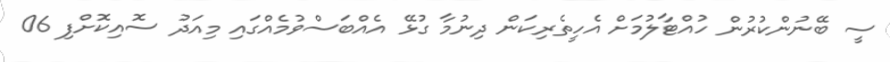
ސީ ބޭނުންކުރުން ހުއްޓާލުމަށް އެހީތެރިކަން ދިނުމާ ގުޅޭ އެއްބަސްވުމެއްގައި މިއަދު ސޮއިކޮށްފި 06